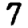
Digit: 7